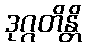
ဒုဂ္ဂတိန္တိ